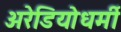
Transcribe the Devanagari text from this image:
अरेडियोधर्मी